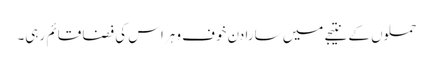
حملوں کے نتیجے میں سارا دن خوف و ہراس کی فضا قائم رہی۔